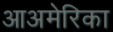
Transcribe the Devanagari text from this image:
आअमेरिका